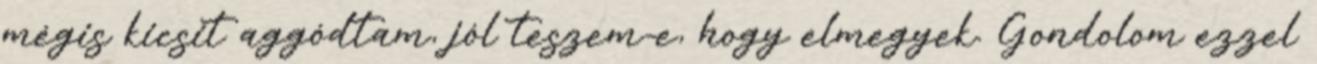
mégis kicsit aggódtam, jól teszem-e, hogy elmegyek. Gondolom ezzel